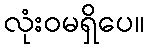
လုံးဝမရှိပေ။